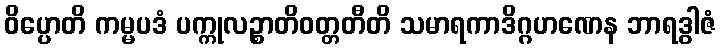
ဝိပ္ပောတိ ကမ္မပဒံ ပက္ကုလဉ္စာတိဝတ္တတီတိ သမာရကာဒိဂ္ဂဟဏေန ဘာရဒွါဇံ